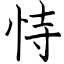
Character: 恃